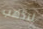
لنذهب